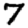
Digit: 7